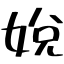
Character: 娧